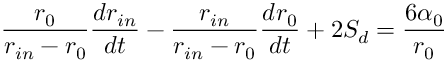
\frac { r _ { 0 } } { r _ { i n } - r _ { 0 } } \frac { d r _ { i n } } { d t } - \frac { r _ { i n } } { r _ { i n } - r _ { 0 } } \frac { d r _ { 0 } } { d t } + 2 S _ { d } = \frac { 6 \alpha _ { 0 } } { r _ { 0 } }